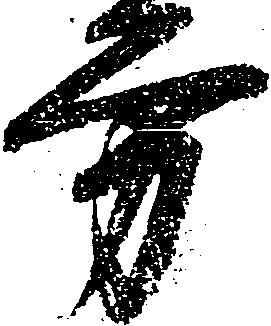
方